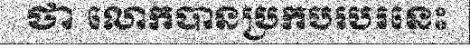
ថា លោកបានប្រកបរបរនេះ